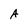
Character: A